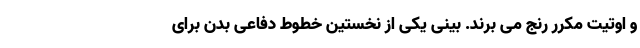
و اوتیت مکرر رنج می برند. بینی یکی از نخستین خطوط دفاعی بدن برای